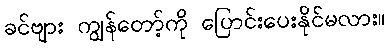
ခင်ဗျား ကျွန်တော့်ကို ပြောင်းပေးနိုင်မလား။